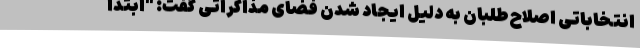
انتخاباتی اصلاح‌طلبان به دلیل ایجاد شدن فضای مذاکراتی گفت: "ابتدا